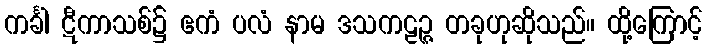
ကင်္ခါ ဋီကာသစ်၌ ဧကံ ပလံ နာမ ဒသကဠဉ္ဇ တခုဟုဆိုသည်။ ထို့ကြောင့်